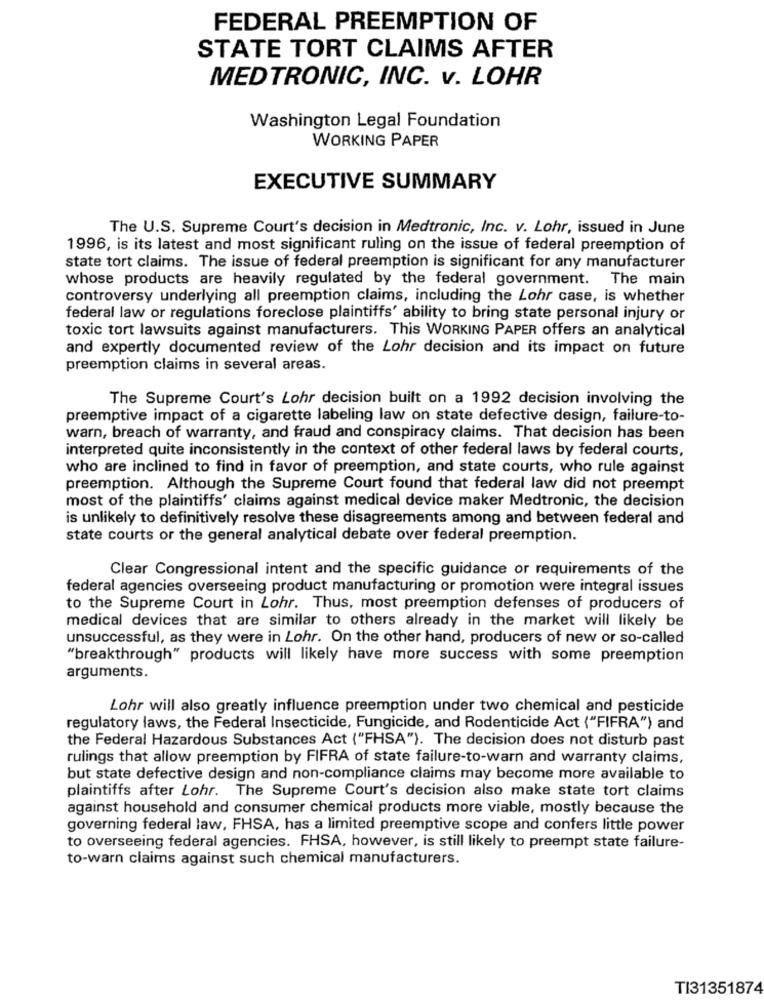
FEDERAL PREEMPTION OF
STATE TORT CLAIMS AFTER
MEDTRONIC, INC. v. LOHR
Washington Legal Foundation
WORKING PAPER
EXECUTIVE SUMMARY
The U.S. Supreme Court's decision in Medtronic, Inc. v. Lohr, issued in June
1996, is its latest and most significant ruling on the issue of federal preemption of
state tort claims. The issue of federal preemption is significant for any manufacturer
whose products are heavily regulated by the federal government. The main
controversy underlying all preemption claims, including the Lohr case, is whether
federal law or regulations foreclose plaintiffs' ability to bring state personal injury or
toxic tort lawsuits against manufacturers. This WORKING PAPER offers an analytical
and expertly documented review of the Lohr decision and its impact on future
preemption claims in several areas.
The Supreme Court's Lohr decision built on a 1992 decision involving the
preemptive impact of a cigarette labeling law on state defective design, failure-to-
warn, breach of warranty, and fraud and conspiracy claims. That decision has been
interpreted quite inconsistently in the context of other federal laws by federal courts,
who are inclined to find in favor of preemption, and state courts, who rule against
preemption. Although the Supreme Court found that federal law did not preempt
most of the plaintiffs' claims against medical device maker Medtronic, the decision
is unlikely to definitively resolve these disagreements among and between federal and
state courts or the general analytical debate over federal preemption.
Clear Congressional intent and the specific guidance or requirements of the
federal agencies overseeing product manufacturing or promotion were integral issues
to the Supreme Court in Lohr. Thus, most preemption defenses of producers of
medical devices that are similar to others already in the market will likely be
unsuccessful, as they were in Lohr. On the other hand, producers of new or so-called
"breakthrough" products will likely have more success with some preemption
arguments.
Lohr will also greatly influence preemption under two chemical and pesticide
regulatory laws, the Federal Insecticide, Fungicide, and Rodenticide Act {"FIFRA"') and
the Federal Hazardous Substances Act ("FHSA"). The decision does not disturb past
rulings that allow preemption by FIFRA of state failure-to-warn and warranty claims,
but state defective design and non-compliance claims may become more available to
plaintiffs after Lohr. The Supreme Court's decision also make state tort claims
against household and consumer chemical products more viable, mostly because the
governing federal law, FHSA, has a limited preemptive scope and confers little power
to overseeing federal agencies. FHSA, however, is still likely to preempt state failure-
to-warn claims against such chemical manufacturers.
TI31351874